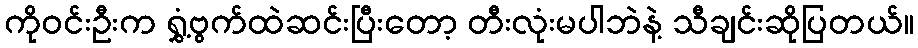
ကိုဝင်းဦးက ရွှံ့ဗွက်ထဲဆင်းပြီးတော့ တီးလုံးမပါဘဲနဲ့ သီချင်းဆိုပြတယ်။